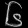
Digit: ၆